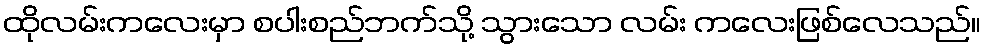
ထိုလမ်းကလေးမှာ စပါးစည်ဘက်သို့ သွားသော လမ်း ကလေးဖြစ်လေသည်။